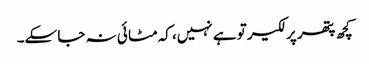
کچھ پتھر پر لکیر تو ہے نہیں، کہ مٹا ئی نہ جا سکے۔